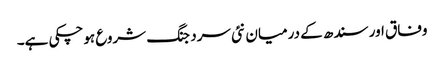
وفاق اور سندھ کے درمیان نئی سرد جنگ شروع ہوچکی ہے۔